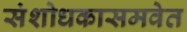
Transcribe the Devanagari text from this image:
संशोधकासमवेत